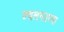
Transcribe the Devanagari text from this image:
ज्वलनउष्मा